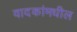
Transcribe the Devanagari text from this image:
वादकांमधील